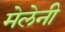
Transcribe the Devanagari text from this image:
मेलेनी